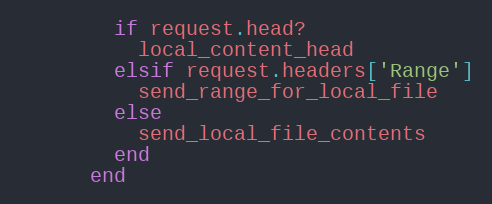
Language: Ruby
        if request.head?
          local_content_head
        elsif request.headers['Range']
          send_range_for_local_file
        else
          send_local_file_contents
        end
      end